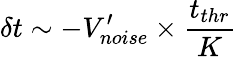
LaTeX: \delta t\sim-V_{noise}^{\prime}\times\frac{t_{thr}}{K}